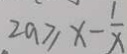
2 a \geq x - \frac { 1 } { x }